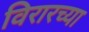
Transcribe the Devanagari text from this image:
विरारच्या